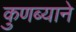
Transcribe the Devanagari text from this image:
कुणब्याने